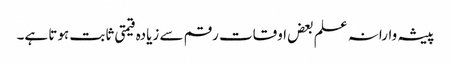
پیشہ وارانہ علم بعض اوقات رقم سے زیادہ قیمتی ثابت ہوتا ہے۔